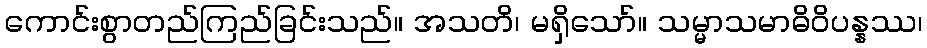
ကောင်းစွာတည်ကြည်ခြင်းသည်။ အသတိ၊ မရှိသော်။ သမ္မာသမာဓိဝိပန္နဿ၊